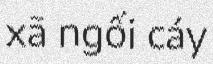
xã ngối cáy